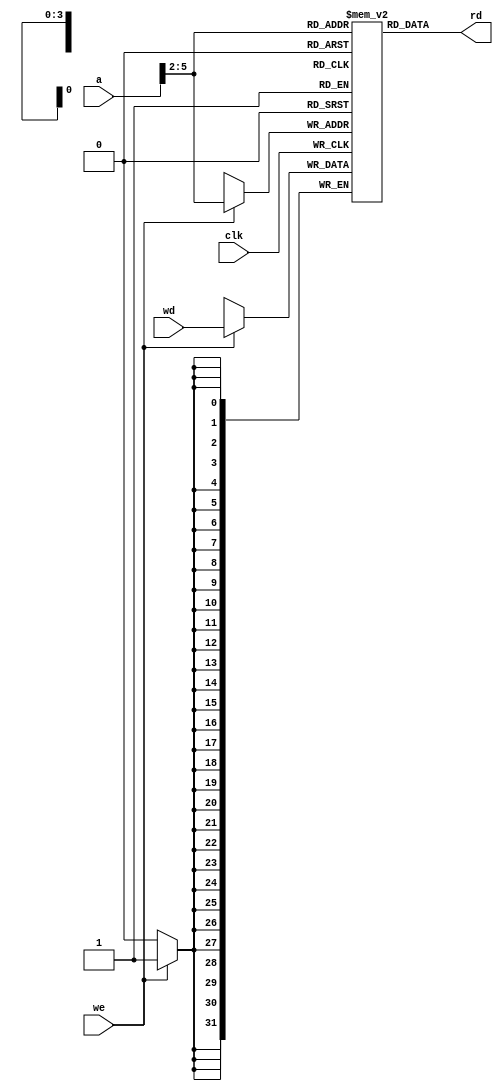
/*
 * schoolMIPS - small MIPS CPU for "Young Russian Chip Architects" 
 *              summer school ( yrca@googlegroups.com )
 *
 * originally based on Sarah L. Harris MIPS CPU 
 *
 * x32 Block RAM
 * 
 * Copyright(c) 2017-2018 Stanislav Zhelnio
 */ 

module sm_ram
#(
    parameter WIDTH = 6
)
(
    input         clk,
    input  [31:0] a,
    input         we,
    input  [31:0] wd,
    output [31:0] rd
);
    localparam RAM32_WIDTH = WIDTH - 2;
    localparam RAM32_SIZE  = 2**(RAM32_WIDTH);

    wire [WIDTH-1:2] addr = a[WIDTH-1:2];

    reg  [31:0] ram [RAM32_SIZE - 1:0];
    assign rd = ram [addr];

    always @(posedge clk)
        if (we)
            ram[addr] <= wd;

endmodule